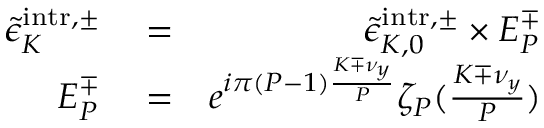
\begin{array} { r l r } { \tilde { \epsilon } _ { K } ^ { \mathrm { i n t r } , \pm } } & { { } = } & { \tilde { \epsilon } _ { K , 0 } ^ { \mathrm { i n t r } , \pm } \times E _ { P } ^ { \mp } } \\ { E _ { P } ^ { \mp } } & { { } = } & { e ^ { i \pi ( P - 1 ) \frac { K \mp \nu _ { y } } { P } } \zeta _ { P } ( \frac { K \mp \nu _ { y } } { P } ) } \end{array}